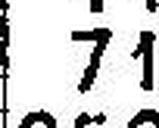
71.—